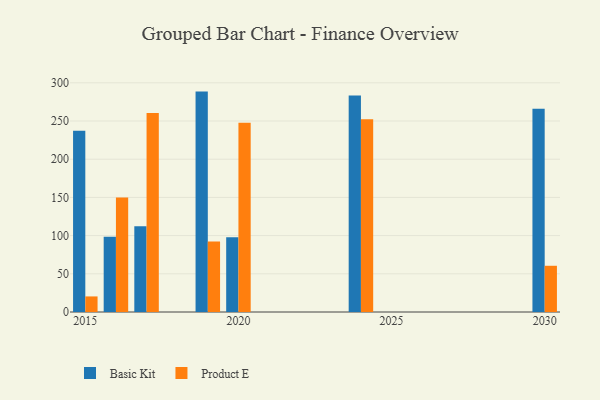
{"axis": {"x": "Year", "y": "Revenue (USD Million)"}, "legend": ["Basic Kit", "Product E"], "data": [{"x": "2020", "y": 98.0, "type": "Basic Kit"}, {"x": "2020", "y": 247.6, "type": "Product E"}, {"x": "2024", "y": 283.3, "type": "Basic Kit"}, {"x": "2024", "y": 252.2, "type": "Product E"}, {"x": "2017", "y": 112.1, "type": "Basic Kit"}, {"x": "2017", "y": 260.5, "type": "Product E"}, {"x": "2019", "y": 288.5, "type": "Basic Kit"}, {"x": "2019", "y": 92.4, "type": "Product E"}, {"x": "2015", "y": 237.3, "type": "Basic Kit"}, {"x": "2015", "y": 20.4, "type": "Product E"}, {"x": "2030", "y": 266.1, "type": "Basic Kit"}, {"x": "2030", "y": 60.5, "type": "Product E"}, {"x": "2016", "y": 98.6, "type": "Basic Kit"}, {"x": "2016", "y": 150.0, "type": "Product E"}]}